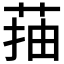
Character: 菗